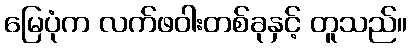
မြေပုံက လက်ဖဝါးတစ်ခုနှင့် တူသည်။